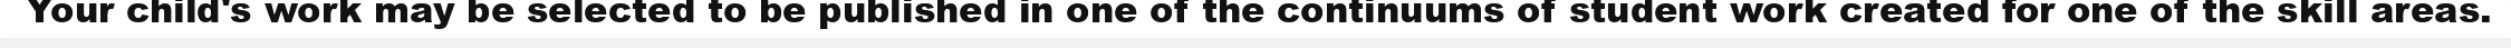
Your child's work may be selected to be published in one of the continuums of student work created for one of the skill areas.